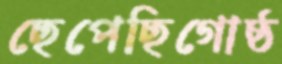
ছেপেছিগোষ্ঠ